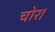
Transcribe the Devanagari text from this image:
चोर।